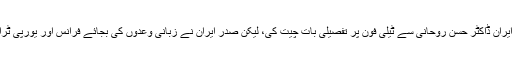
فرانس کے صدر میکرون نے تو صدر ایران ڈاکٹر حسن روحانی سے ٹیلی فون پر تفصیلی بات چیت کی، لیکن صدر ایران نے زبانی وعدوں کی بجائے فرانس اور یورپی ٹرائیکا سے عملی قدم اٹھانے کی تاکید کی۔